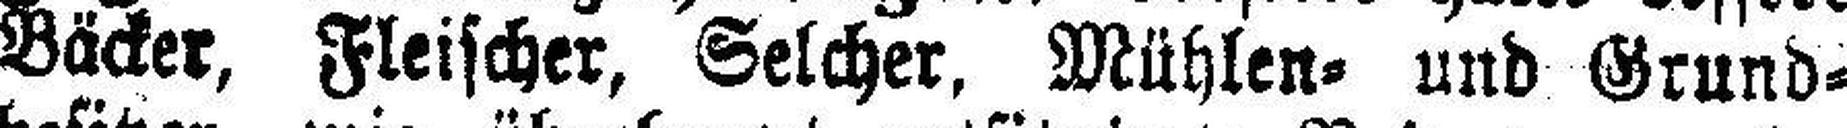
Bäcker, Fleischer, Selcher, Mühlen= und Grund¬